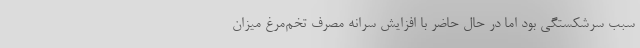
سبب سرشکستگی بود اما در حال حاضر با افزایش سرانه مصرف تخم‌مرغ میزان